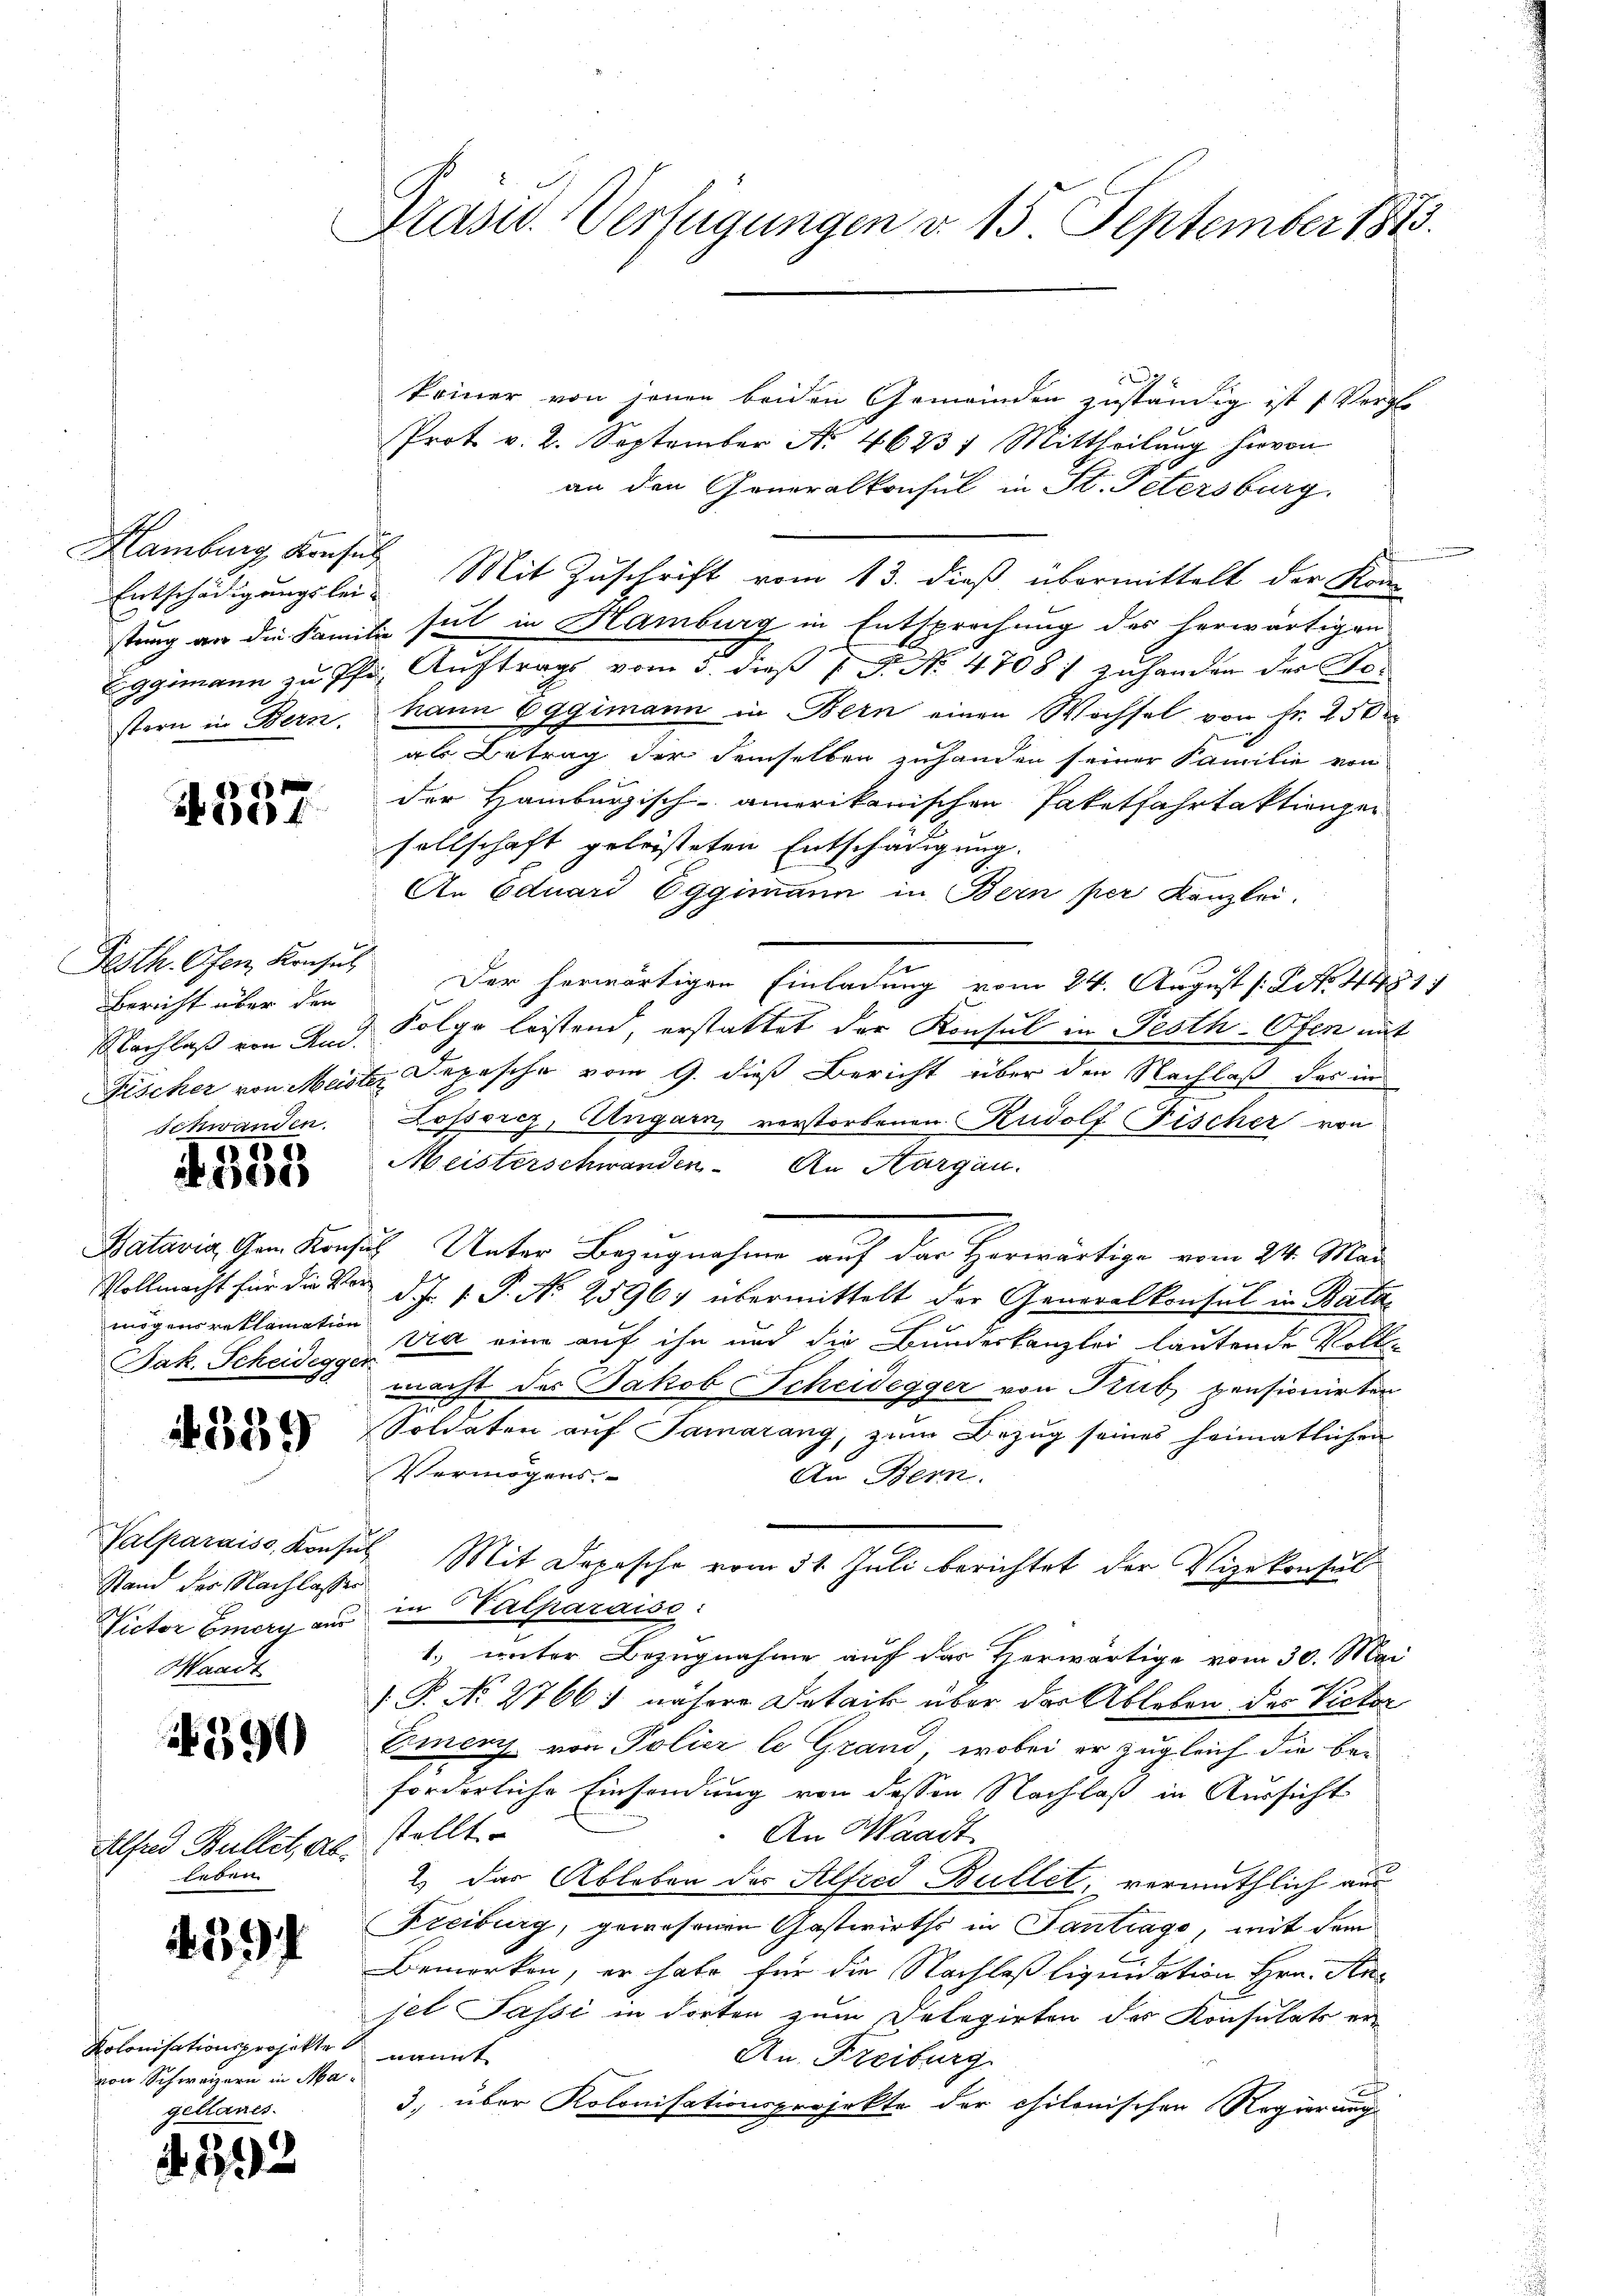
Entschädigungslei- |
stern in Bern.

1
50f

Bericht über den

schwanden.
157
Be

Bak. Scheidegger

389

Stand der Nachlasses
Waadt

390

Alfred Bullet, ab.
leben.

4397

Kolonisationsprojekte
von Schweizern in Magellanes.

292

Präsid. Verfügungen v. 15. September 1813.

keiner von jenen beiden Gemeinden zuständig ist s Vergle
Prot v. 2. September No. 4623 1 Mittheilung hievon
an den Generalkonsul in St. Petersburg.
Hamburg Konses Mit Zuschrift vom 13. dieß übermittelt der Kon-
stung an die Familie sit in Hamburg in Entsprechung des herwärtigen
Eggimann zu Pfr. Auftrags vom 5. dieß 7 P. No. 4708; zuhanden der Gehann Eggimann in Bern einen Wochsel von Fr. 250
als Betrag der demselben zuhanden seiner Familie von
der Hamburgisch-amerikanischen Paketfahrtaktienger
sellschaft geleisteten Entschädigung.
An Eduard Eggimann in Bern per Kanzlei.
Festh. Ofen Konsul der herwärtigen Einladung vom 24. August [NNo. 4481.
Nachlaß von And. Folge leistend, erstattet der Konsul in Pesth-Ofen mit
Fischer von Meiste Depesche vom 9. dieß Bericht über den Nachlaß das in
Lossorez, Ungarn, verstorbenen Rudolf Fischer von
Meisterschwanden. An Hargau.
Batavia Gem. Konsis Unter Bezugnahme auf das Horwärtige vom 24. Mai
Vollmacht für die Vor d.J. V. P. Nr. 2596, übermittelt der Generalkonsul in Bata-
mögensreklamation vie eine auf ihn und die Bundeskanzlei lautende Volke
macht des Jakob Scheidegger von Kub pensionirten
Soldaten aŭf Samarang, zum Bezug seines heimatlichen
Vermögens.
An Bern.
Valparaiss, Konsul Mit Depesche vom 31. Juli berichtet der Vizekonsul
Victor Emery aus in Palparaise:
1. unter Bezugnahme auf das Herwärtige vom 30. Mai
 P. No 2766) nähere Detaik über der Ableben des Victor
Emery von Polier le Grand, wobei er zugleich die beforderliche Einsendung von dessen Nachlaß in Aussicht
stellt
An Waadt
2.) Das Ableben der Alfred Bullet, vermuthlich aus
Freiburg, gewesenen Gastwirths in Tantrage, mit dem
Bemerken, er habe für die Nachlaß liquidation Hrn. Anset Passi in dorten zum Dekagirten der Konsulats ernt
An Freiburg.
3, über Kolonisationsprojekte der chilonischen Regierung